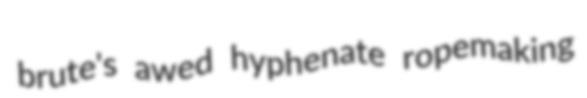
brute's awed hyphenate ropemaking